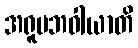
အရူပဘဝါယာတိ